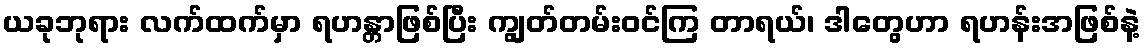
ယခုဘုရား လက်ထက်မှာ ရဟန္တာဖြစ်ပြီး ကျွတ်တမ်းဝင်ကြ တာရယ်၊ ဒါတွေဟာ ရဟန်းအဖြစ်နဲ့